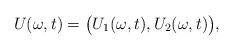
LaTeX: \begin{align*} U(\omega,t) = \big( U_1(\omega,t) ,U_2(\omega,t) \big), \end{align*}